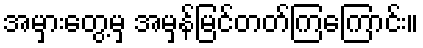
အမှားတွေ့မှ အမှန်မြင်တတ်ကြကြောင်း။